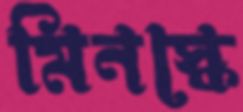
মিনস্কে